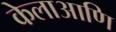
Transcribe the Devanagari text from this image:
केलाआणि